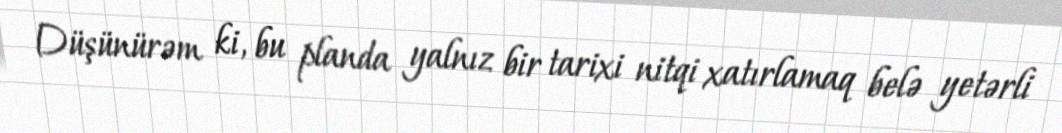
Düşünürəm ki, bu planda yalnız bir tarixi nitqi xatırlamaq belə yetərli